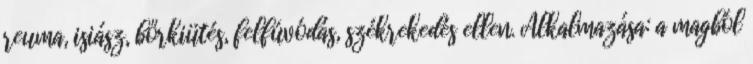
reuma, isiász, bőrkiütés, felfúvódás, székrekedés ellen. Alkalmazása: a magból